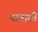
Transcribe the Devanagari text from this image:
मात्राठी